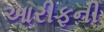
આરીફની